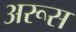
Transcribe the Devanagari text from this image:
अरूस